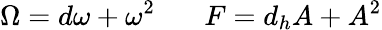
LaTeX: \Omega=d\omega+\omega^{2}\ \ \ \ \ \ \ F=d_{h}A+A^{2}